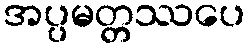
အပ္ပမတ္တဿပေ